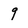
Character: 9